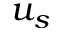
u _ { s }